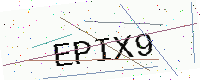
Text: EPIX9